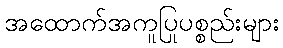
အထောက်အကူပြုပစ္စည်းများ